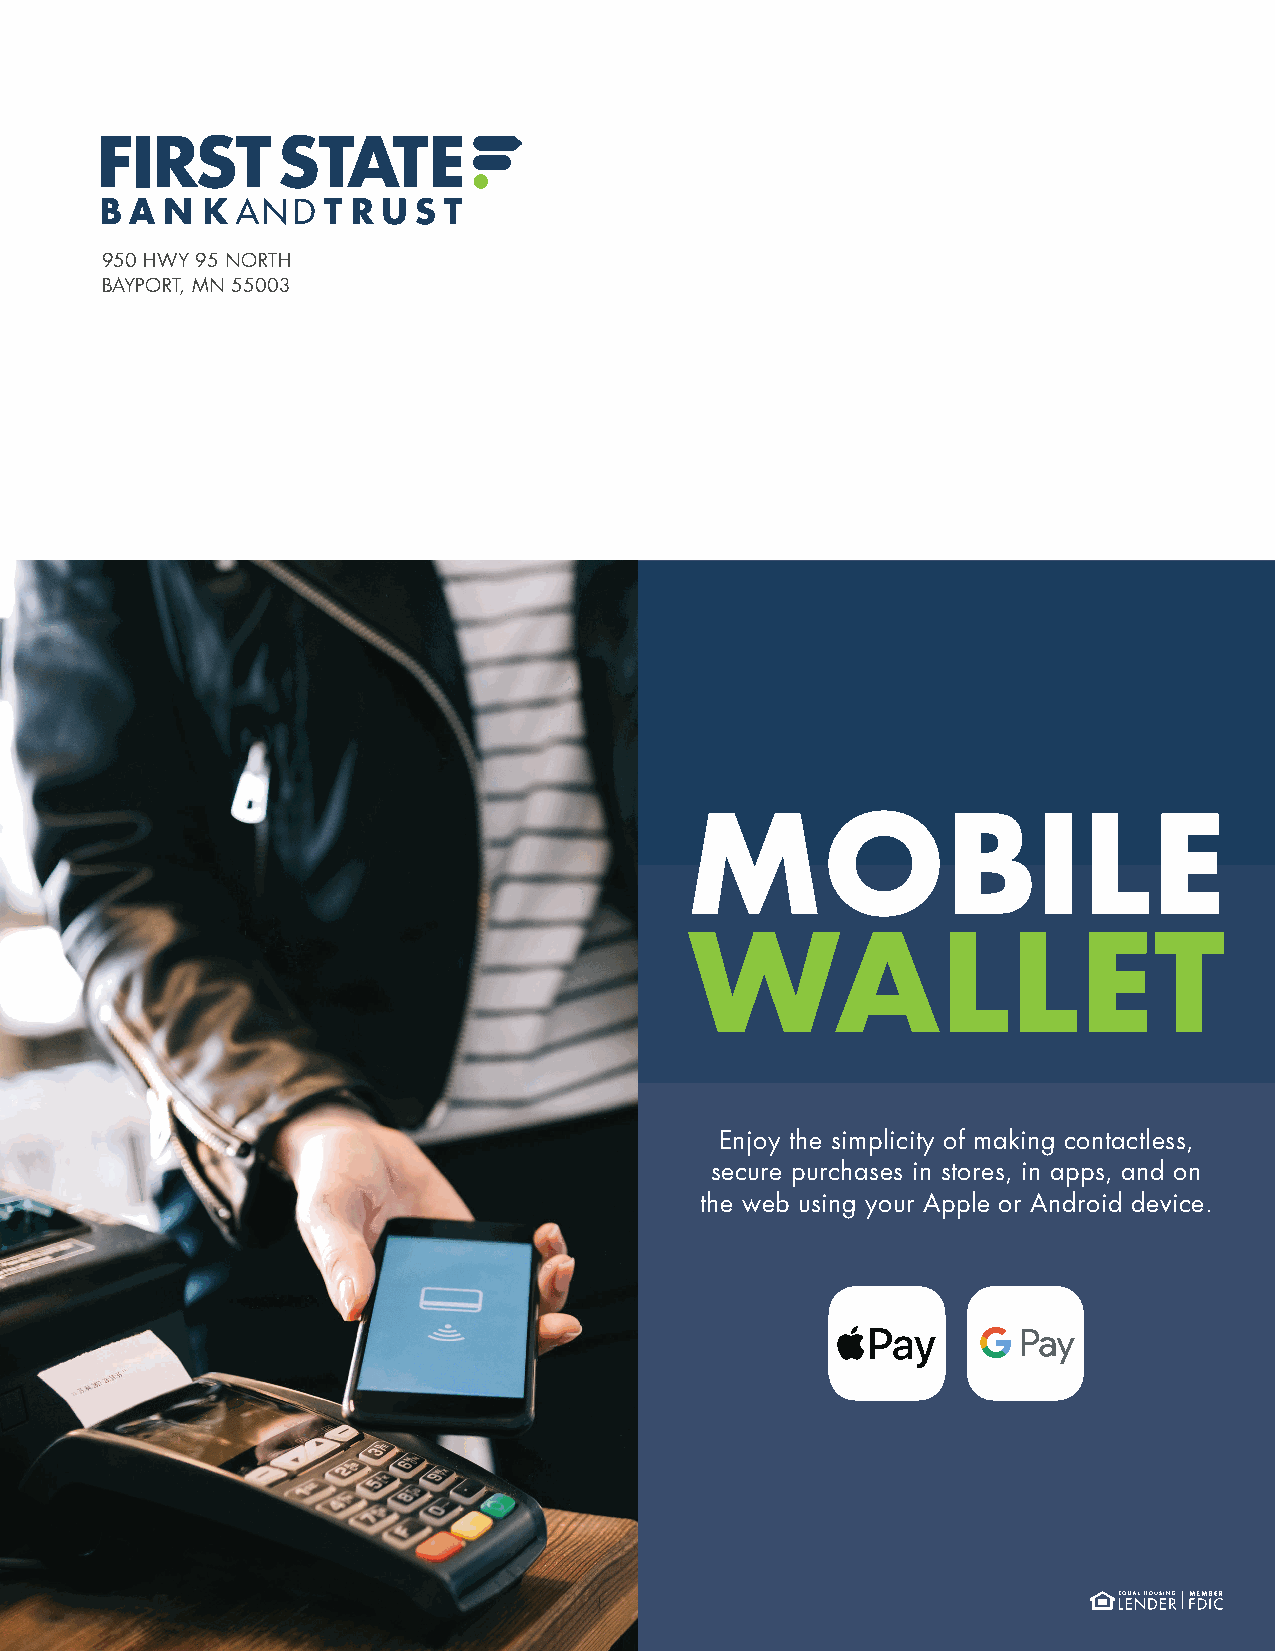
950 HWY 95 NORTH
 BAYPORT, MN 55003
 MOBILE
 WALLET
 Enjoy the simplicity of making contactless,
 secure purchases in stores, in apps, and on
 the web using your Apple or Android device.